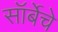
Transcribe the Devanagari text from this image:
सॉर्बेचे